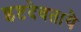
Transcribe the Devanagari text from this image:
इष्टदेवतायै